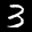
Label: 3